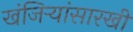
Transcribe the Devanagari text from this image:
खंजिऱ्यांसारखी